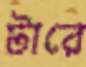
টারে